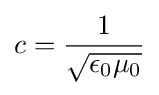
c={1 \over {\sqrt {\epsilon _{\text{0}}\mu _{\text{0}}}}}